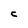
Character: C